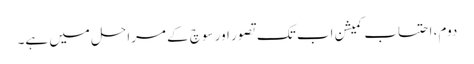
دوم، احتساب کمیشن اب تک تصور اور سوچ کے مراحل میں ہے۔